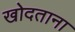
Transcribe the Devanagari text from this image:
खोदताना